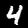
Digit: 4